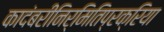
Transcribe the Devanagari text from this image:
कादंबरीनिर्मितिप्रक्रिया